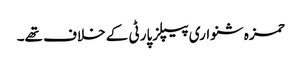
حمزہ شنواری پیپلزپارٹی کے خلاف تھے۔